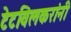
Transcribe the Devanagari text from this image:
टेटविलकरांनी